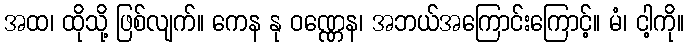
အထ၊ ထိုသို့ ဖြစ်လျက်။ ကေန နု ဝဏ္ဏေန၊ အဘယ်အကြောင်းကြောင့်။ မံ၊ ငါ့ကို။